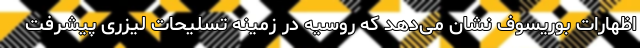
اظهارات بوریسوف نشان می‌دهد که روسیه در زمینه تسلیحات لیزری پیشرفت